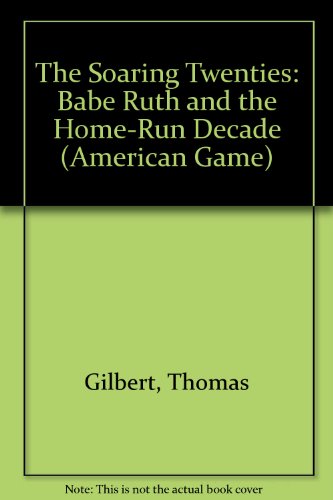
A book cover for The Soaring Twenties: Babe Ruth and the Home-Run Decade (American Game); Thomas Gilbert; Teen & Young Adult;